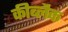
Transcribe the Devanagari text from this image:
कीब्लैक